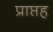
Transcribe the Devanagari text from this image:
प्राप्तह